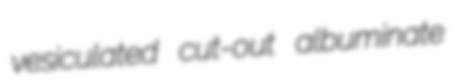
vesiculated cut-out albuminate